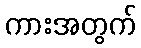
ကားအတွက်